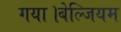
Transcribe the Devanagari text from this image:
गया।बेल्जियम